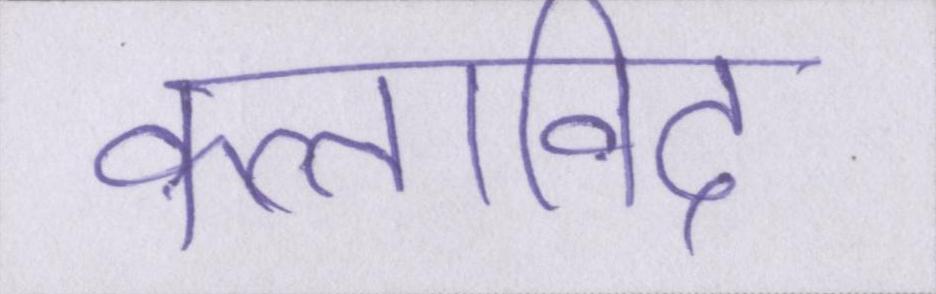
कलाविद